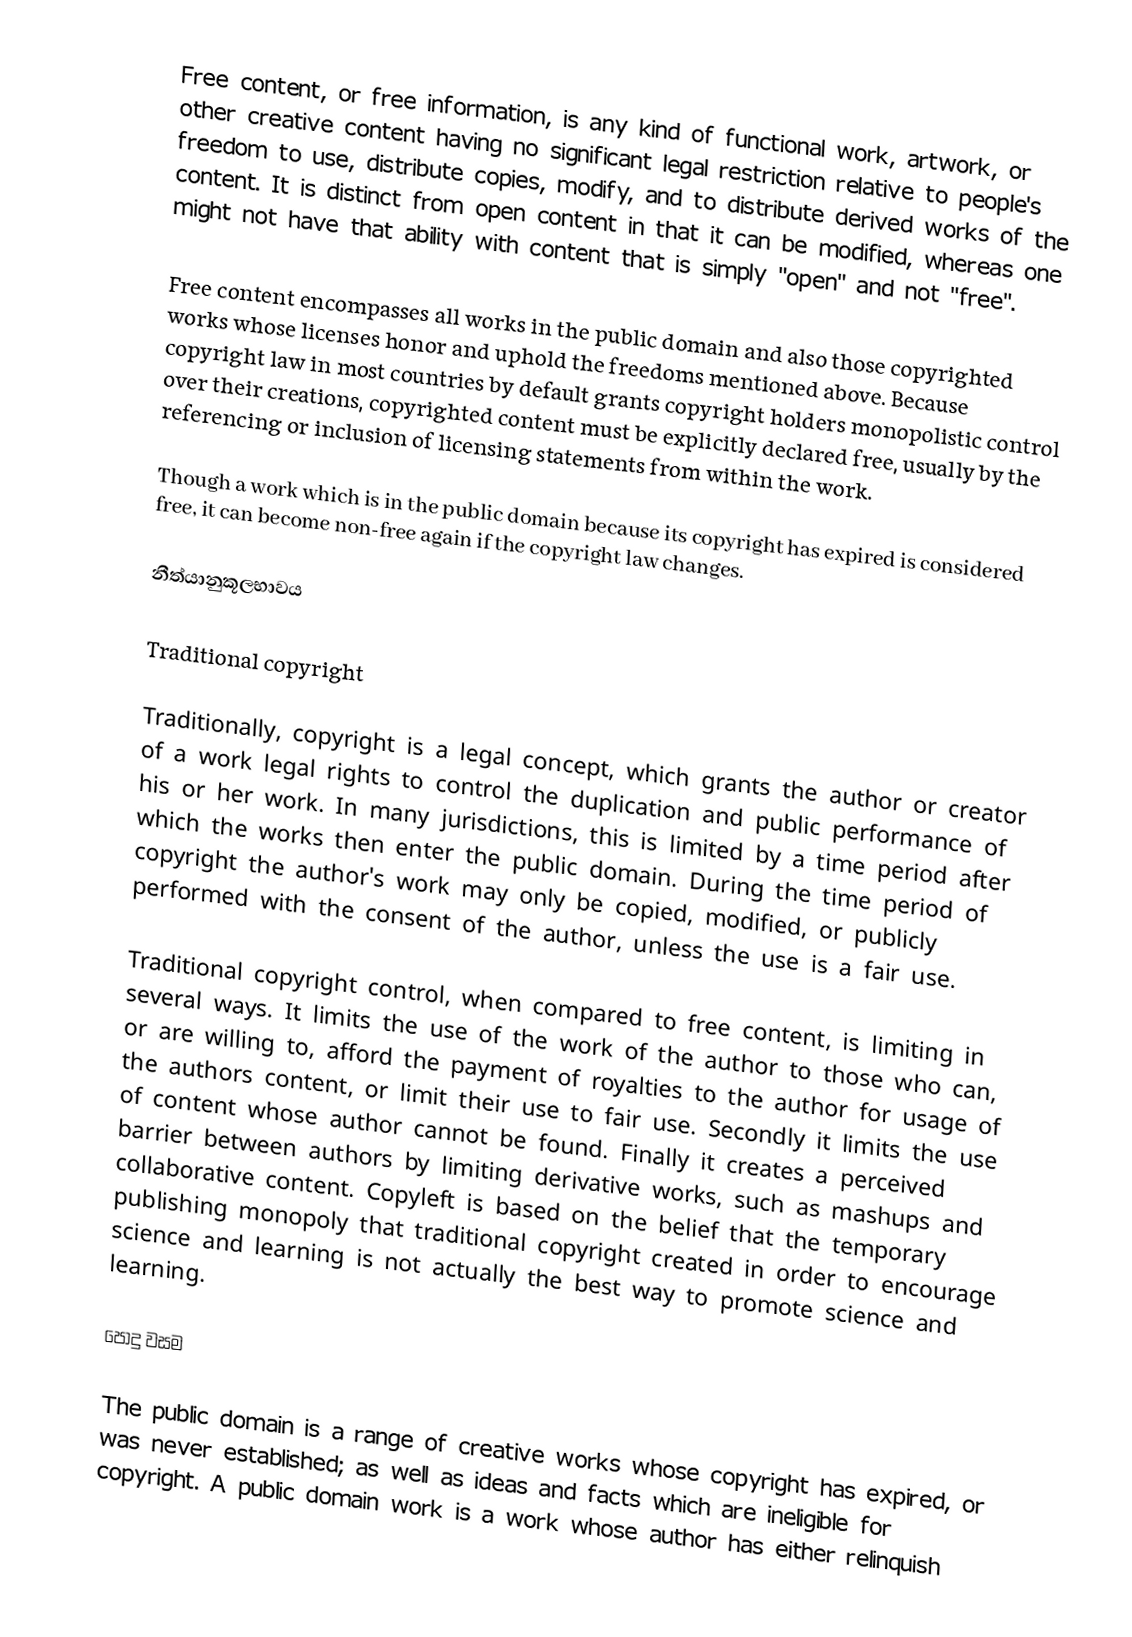
Free content, or free information, is any kind of functional work, artwork, or other creative content having no significant legal restriction relative to people's freedom to use, distribute copies, modify, and to distribute derived works of the content. It is distinct from open content in that it can be modified, whereas one might not have that ability with content that is simply "open" and not "free".

Free content encompasses all works in the public domain and also those copyrighted works whose licenses honor and uphold the freedoms mentioned above. Because copyright law in most countries by default grants copyright holders monopolistic control over their creations, copyrighted content must be explicitly declared free, usually by the referencing or inclusion of licensing statements from within the work.

Though a work which is in the public domain because its copyright has expired is considered free, it can become non-free again if the copyright law changes.

නීත්යානුකූලභාවය

Traditional copyright

Traditionally, copyright is a legal concept, which grants the author or creator of a work legal rights to control the duplication and public performance of his or her work. In many jurisdictions, this is limited by a time period after which the works then enter the public domain. During the time period of copyright the author's work may only be copied, modified, or publicly performed with the consent of the author, unless the use is a fair use.

Traditional copyright control, when compared to free content, is limiting in several ways.  It limits the use of the work of the author to those who can, or are willing to, afford the payment of royalties to the author for usage of the authors content, or limit their use to fair use. Secondly it limits the use of content whose author cannot be found. Finally it creates a perceived barrier between authors by limiting derivative works, such as mashups and collaborative content. Copyleft is based on the belief that  the temporary publishing monopoly that traditional copyright created in order to encourage science and learning is not actually the best way to promote science and learning.

පොදු වසම

The public domain is a range of creative works whose copyright has expired, or was never established; as well as ideas and facts which are ineligible for copyright. A public domain work is a work whose author has either relinquish